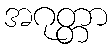
အဂုတ္တာ